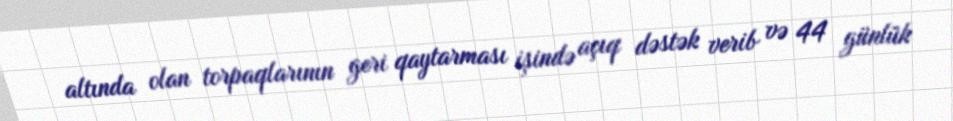
altında olan torpaqlarının geri qaytarması işində açıq dəstək verib və 44 günlük